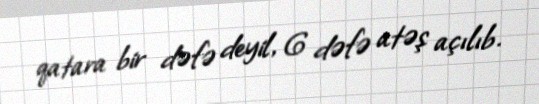
qatara bir dəfə deyil, 6 dəfə atəş açılıb.